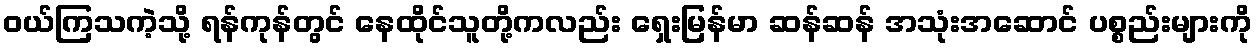
ဝယ်ကြသကဲ့သို့ ရန်ကုန်တွင် နေထိုင်သူတို့ကလည်း ရှေးမြန်မာ ဆန်ဆန် အသုံးအဆောင် ပစ္စည်းများကို